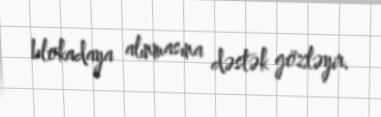
blokadaya alınmasına dəstək gözləyir.